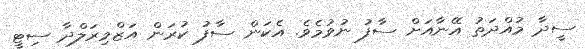
ސީދާ މުއްދަތު އޭނާއަށް ސާފު ނުވުމެވެ. އެކަން ސާފު ކުރަން އަޒްމިރަލްދާ ސިޓީ